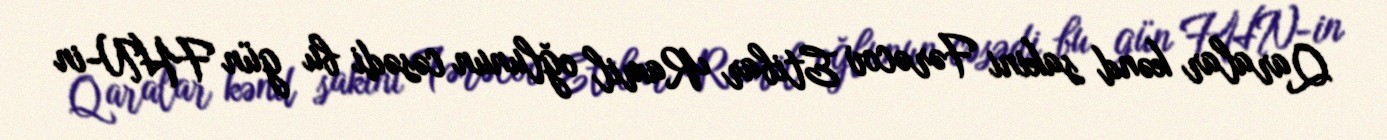
Qaralar kənd sakini Fərəcov Etibar Ramil oğlunun cəsədi bu gün FHN-in